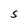
Character: S